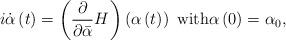
LaTeX: \begin{align*}i\dot{\alpha}\left( t\right) =\left( \frac{\partial}{\partial\bar{\alpha}}H^{}\right) \left( \alpha\left( t\right) \right) \text{ with}\alpha\left( 0\right) =\alpha_{0}, \end{align*}